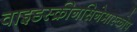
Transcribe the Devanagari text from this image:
वाइडस्क्रीनसिनेमास्कोप